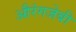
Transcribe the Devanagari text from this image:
औरंगजेबी